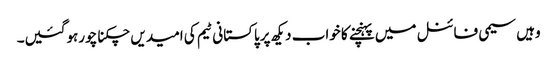
وہیں سیمی فائنل میں پہنچنے کا خواب دیکھ پرپاکستانی ٹیم کی امیدیں چکنا چورہوگئیں۔